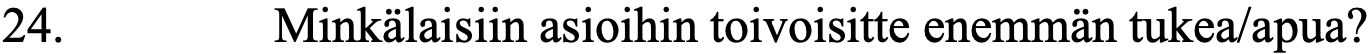
24.      Minkälaisiin asioihin toivoisitte enemmän tukea/apua?